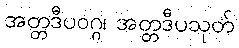
အတ္တဒီပဝဂ္ဂ၊ အတ္တဒီပသုတ်